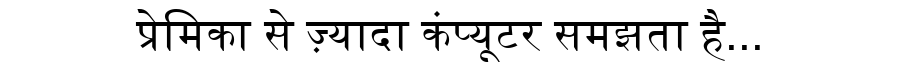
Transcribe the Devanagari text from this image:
प्रेमिका से ज़्यादा कंप्यूटर समझता है...